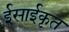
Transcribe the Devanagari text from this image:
ईसाईकृत